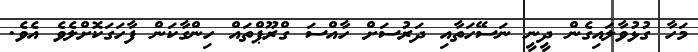
މަހާ ގުޅުވާލައިގެން ދީނީ ނަސޭހަތާއި ދަރުސަށް ހާއްސަ ގްރޫޕްތައް ހިންގާކަން ފާހަގަކޮށްލެވެ އެވެ.